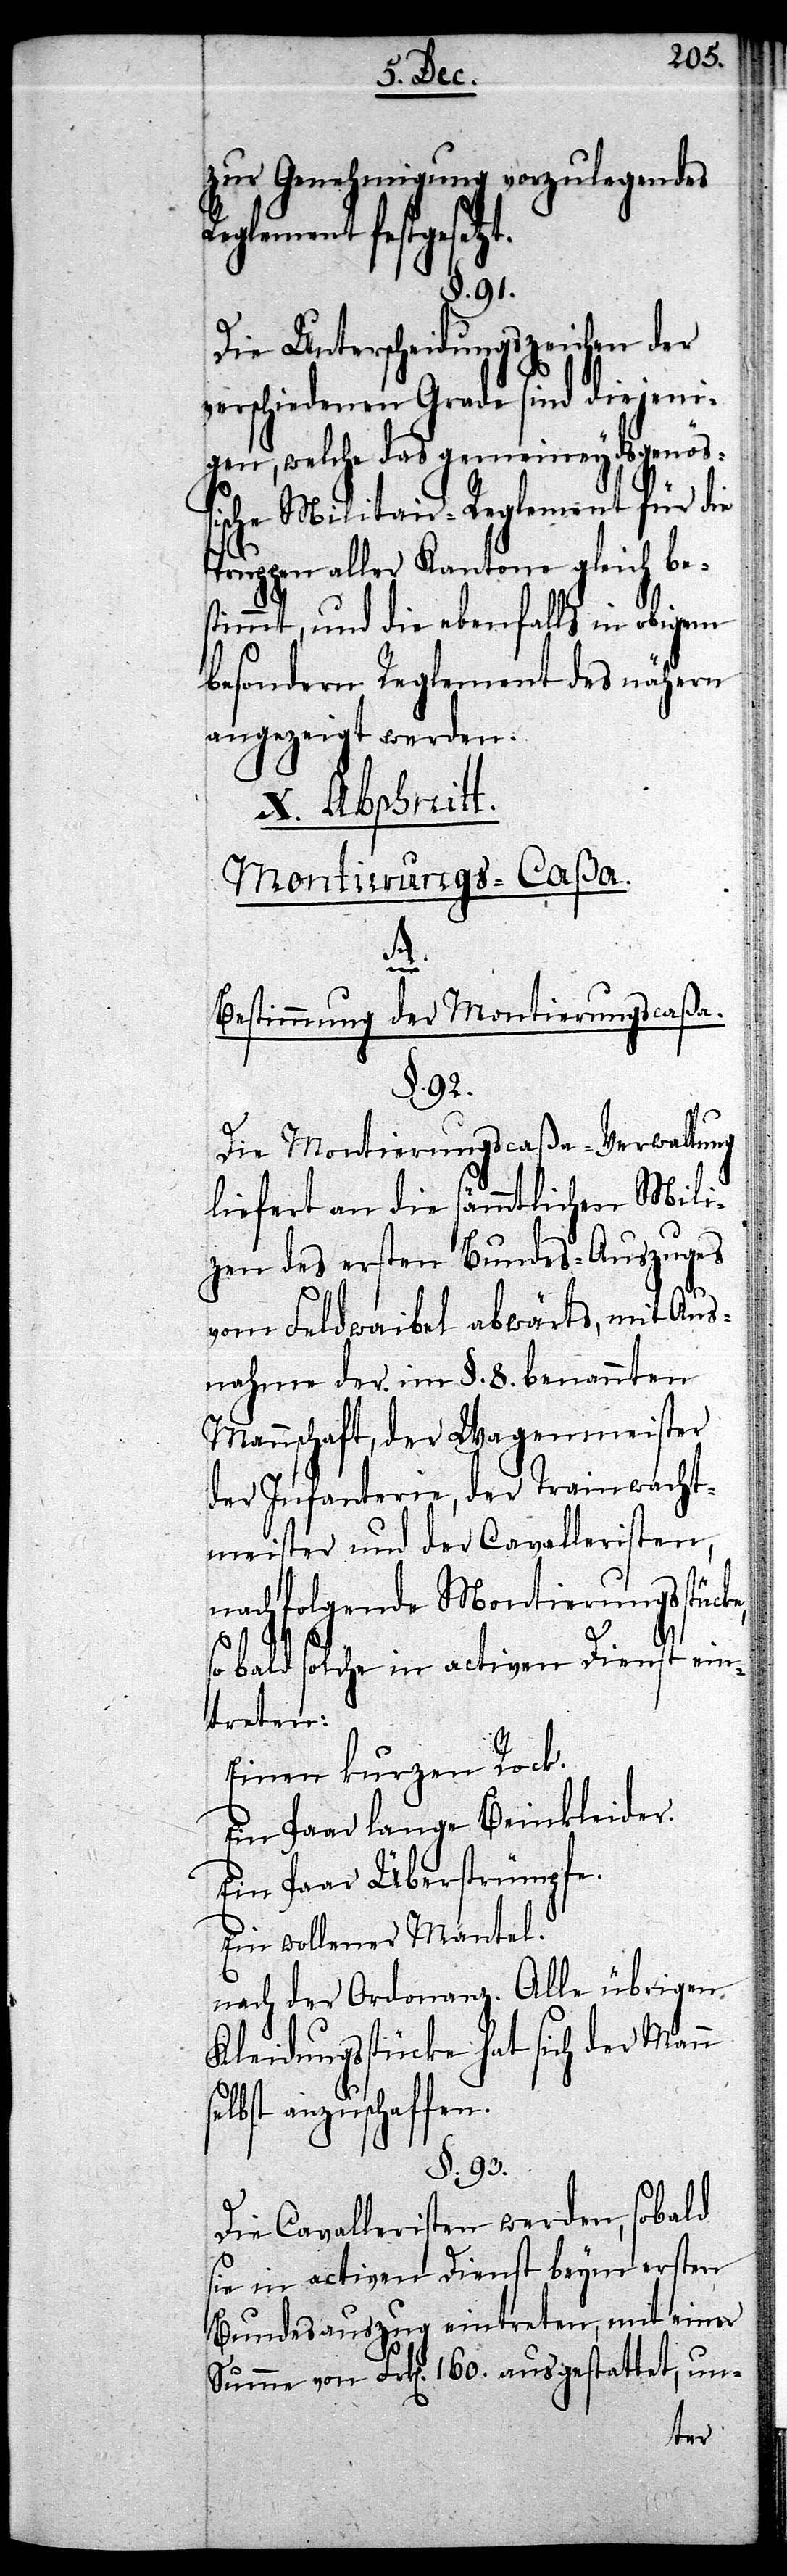
zur Genehmigung vorzulegendes
Reglement festgesetz¬
Die Unterscheidungszeichen der
verschiedenen Grade sind diejeni¬
gen, welche das gemeineydsgenöß¬
ische Militair-Reglement für die
Truppen aller Kantone gleich be¬
stimmt, und die ebenfalls in obigem
besondern Reglement des nähern
angezeigt werden.
X. Abschnitt.
Montierungs-Caßa.
se¬
Bestimmung der Montierungscaßa.
§. 92.
Die Montierungscaßa-Verwaltung
liefert an die sämmtlichen Mili¬
zen des ersten Bundes-Auszuges
vom Feldwaibel abwärts, mit Aus¬
nahme der im §. 8. benannten
Mannschaft, der Wagenmeister
der Infanterie, der Trainwacht¬
meister und der Cavalleristen,
nachfolgende Montierungsstücke,
so bald solche in activen Dienst ein¬
treten:
Einen kurzen Rock.
Ein Paar lange Beinkleider.
Ein Paar Überstrümpfe.
Ein wollener Mantel.
nach der Ordonanz. Alle übrigen
Kleidungsstücke hat sich der Mann
lbst anzuschaffen.
§. 93.
Die Cavalleristen werden, sobald
sie in activen Dienst beym ersten
Bundesauszug eintreten, mit einer
Summe von Frk[en]. 160. ausgestattet, un-